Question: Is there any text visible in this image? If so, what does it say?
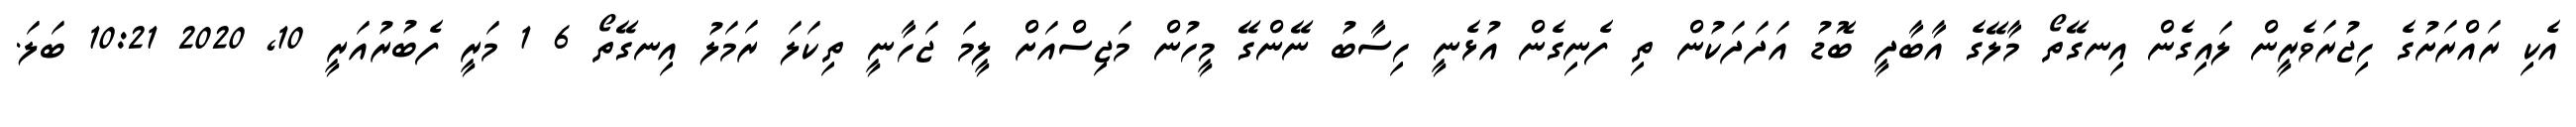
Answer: އެކި ރައްރަށުގެ ހިޖުރަވެރީން ލައިގެން އިނގޭތޯ މާލޭގެ އާބާދީ ބޮޑު އަދަދަކުން ތި ފެނިގެން އުޅެނީ ހިސާބު ނޭންގޭ މީހުން މަޖިސްއަށް ލީމަ ޖަހާނީ ތިކަލަ ރަމަލު އިނގޭތޯ 6 1 މަރީ ފެބުރުއަރީ 10, 2020 10:21 ބަލަ.